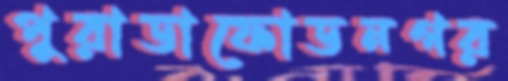
পুরাডাফোডনগর